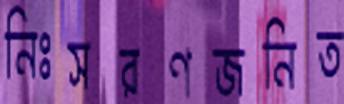
নিঃসরণজনিত